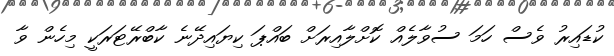
ކުޑައިރު ވެސް ހަމަ ސުވާލެއް ކޮށްލާއިރަށް ބައްޕަ ކިޔައިދޭނެ ކާބްރޭޓަރަކީ މިހެން ވާ